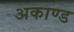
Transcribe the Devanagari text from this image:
अकाण्ड